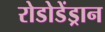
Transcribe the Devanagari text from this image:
रोडोडेंड्रान